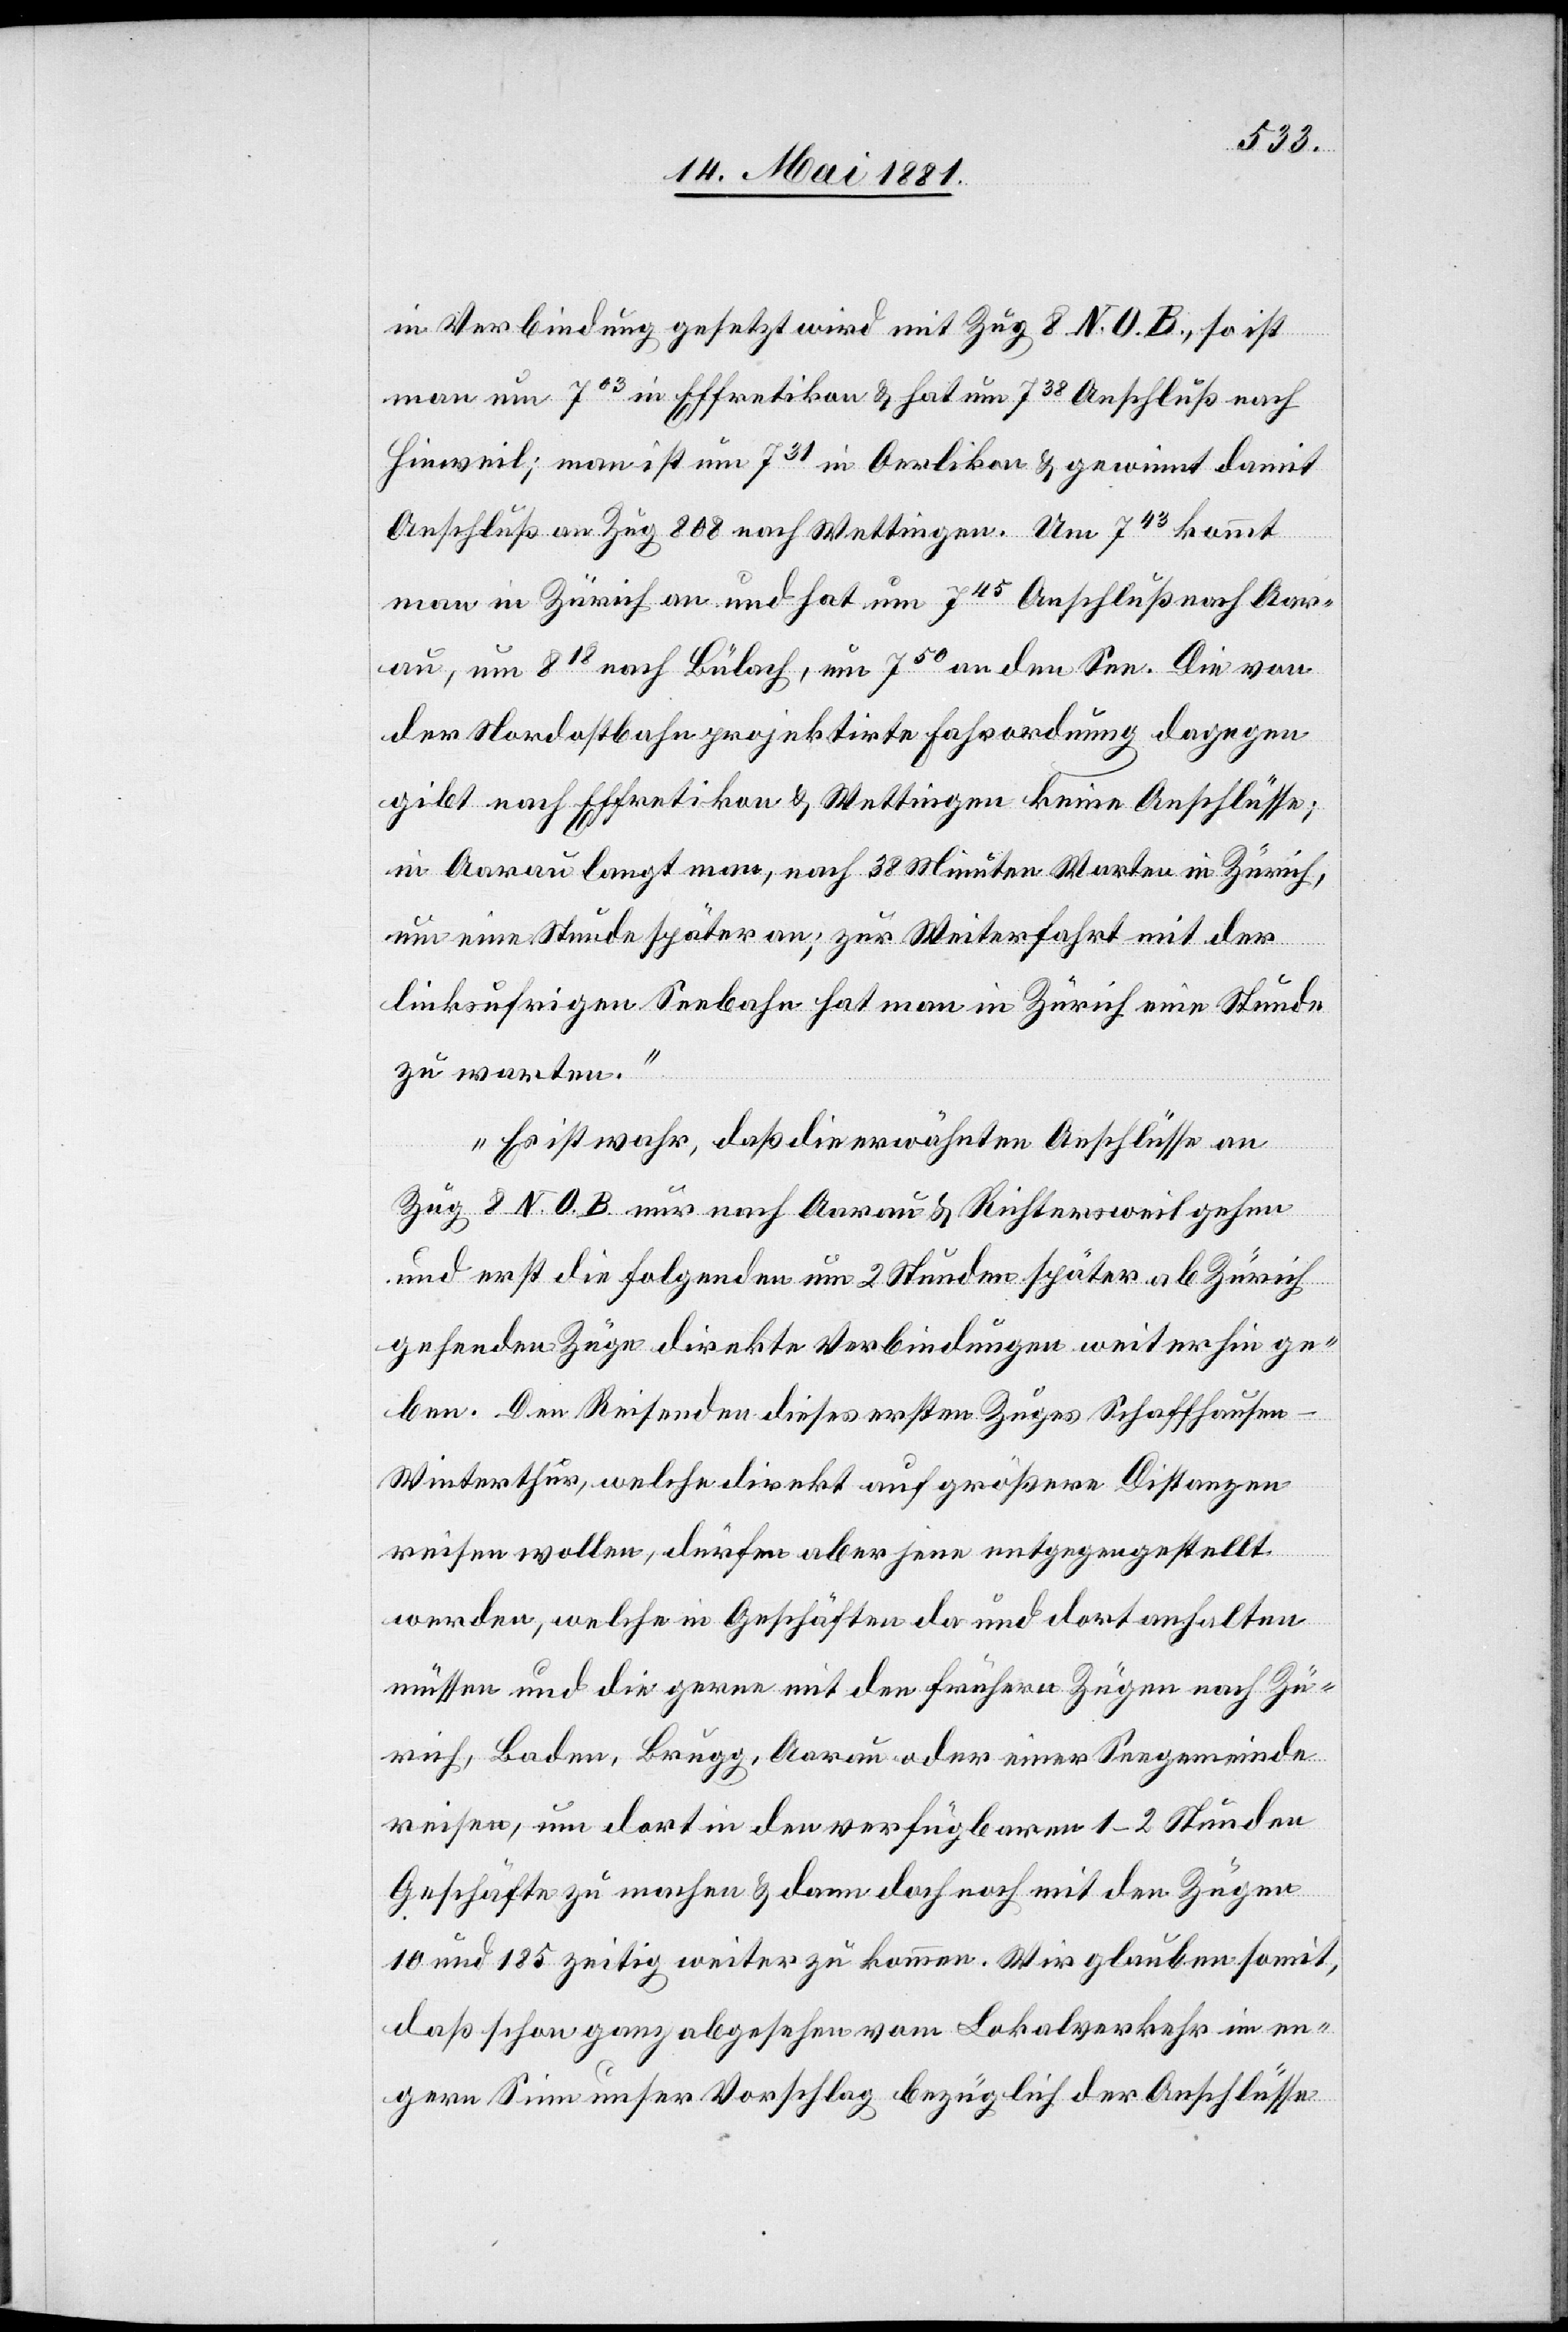
in Verbindung gesetzt wird mit Zug 8 N. O. B., so ist
Anschluß an Zug 808 nach Wettingen. Um 743 kommt
man in Zürich an und hat um 745 Anschluß nach Aar¬
au, um 818 nach Bülach, um 750 an den See. Die von
der Nordostbahn projektirte Fahrordnung dagegen
gibt nach Effretikon & Wettingen keine Anschlüsse;
in Aarau langt man, nach 38 Minuten Warten in Zürich
um eine Stunde später an; zur Weiterfahrt mit der
damit
linksufrigen Seebahn hat man in Zürich eine Stunde
zu warten.
Es ist wahr, daß die erwähnten Anschlüsse an
Zug 8 N. O. B. nur nach Aarau & Richtersweil gehen
und erst die folgenden um 2 Stunden später ab Zürich
gehenden Züge direkte Verbindungen weiterhin ge¬
ben. Den Reisenden dieses ersten Zuges Schaffhause¬
n–Winterthur, welche direkt auf größere Distanzen
reisen wollen, dürfen aber jene entgegengestellt
werden, welche in Geschäften da und dort anhalten
müssen und die gerne mit den frühern Zügen nach Zü¬
rich, Baden, Brugg, Aarau oder einer Seegemeinde
reisen, um dort in den verfügbaren 1–2 Stunden
Geschäfte zu machen & dann doch noch mit den Zügen
10 und 185 zeitig weiterzukommen. Wir glauben somit,
daß schon ganz abgesehen vom Lokalverkehr im en¬
gern Sinn unser Vorschlag bezüglich der Anschlüsse